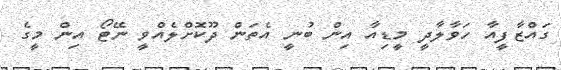
ގައްޒާފީއާ ހަވާލާދީ މީޑިއާ އިން ބުނީ އެތަން ދޫކޮށްލެއްވީ ނޭޓޯ އިން މީގެ